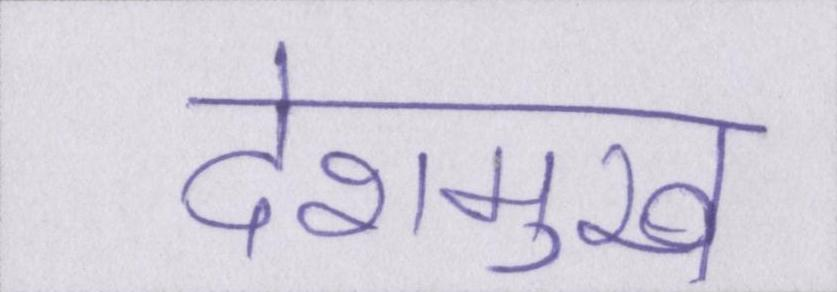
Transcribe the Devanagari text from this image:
देशमुख